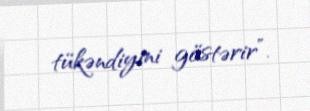
tükəndiyini göstərir”.